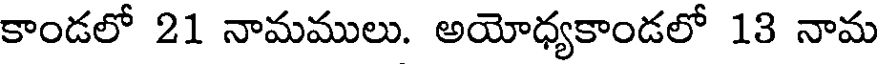
కాండలో 21 నామములు. అయోధ్యకాండలో 13 నామ